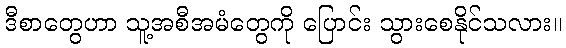
ဒီစာတွေဟာ သူ့အစီအမံတွေကို ပြောင်း သွားစေနိုင်သလား။